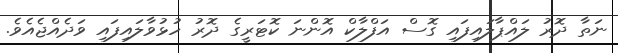
ނަތާ ދޮރު ލައްޕާލައިފައި ގޮސް އަފްލާކް އޮންނަ ކޮޓަރީގެ ދޮރު ހުޅުވާލައިފައި ވަދެއްޖެއެވެ.